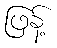
ဖြန့်